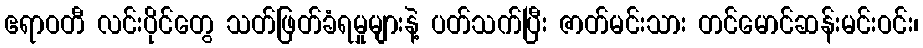
ဧရာဝတီ လင်းပိုင်တွေ သတ်ဖြတ်ခံရမှုများနဲ့ ပတ်သက်ပြီး ဇာတ်မင်းသား တင်မောင်ဆန်းမင်းဝင်း၊